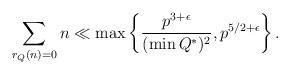
LaTeX: \begin{align*} \sum_{r_{Q}(n) = 0} n \ll \max \left\{ \frac{p^{3+\epsilon}}{(\min Q^{*})^{2}}, p^{5/2 + \epsilon} \right\}.\end{align*}